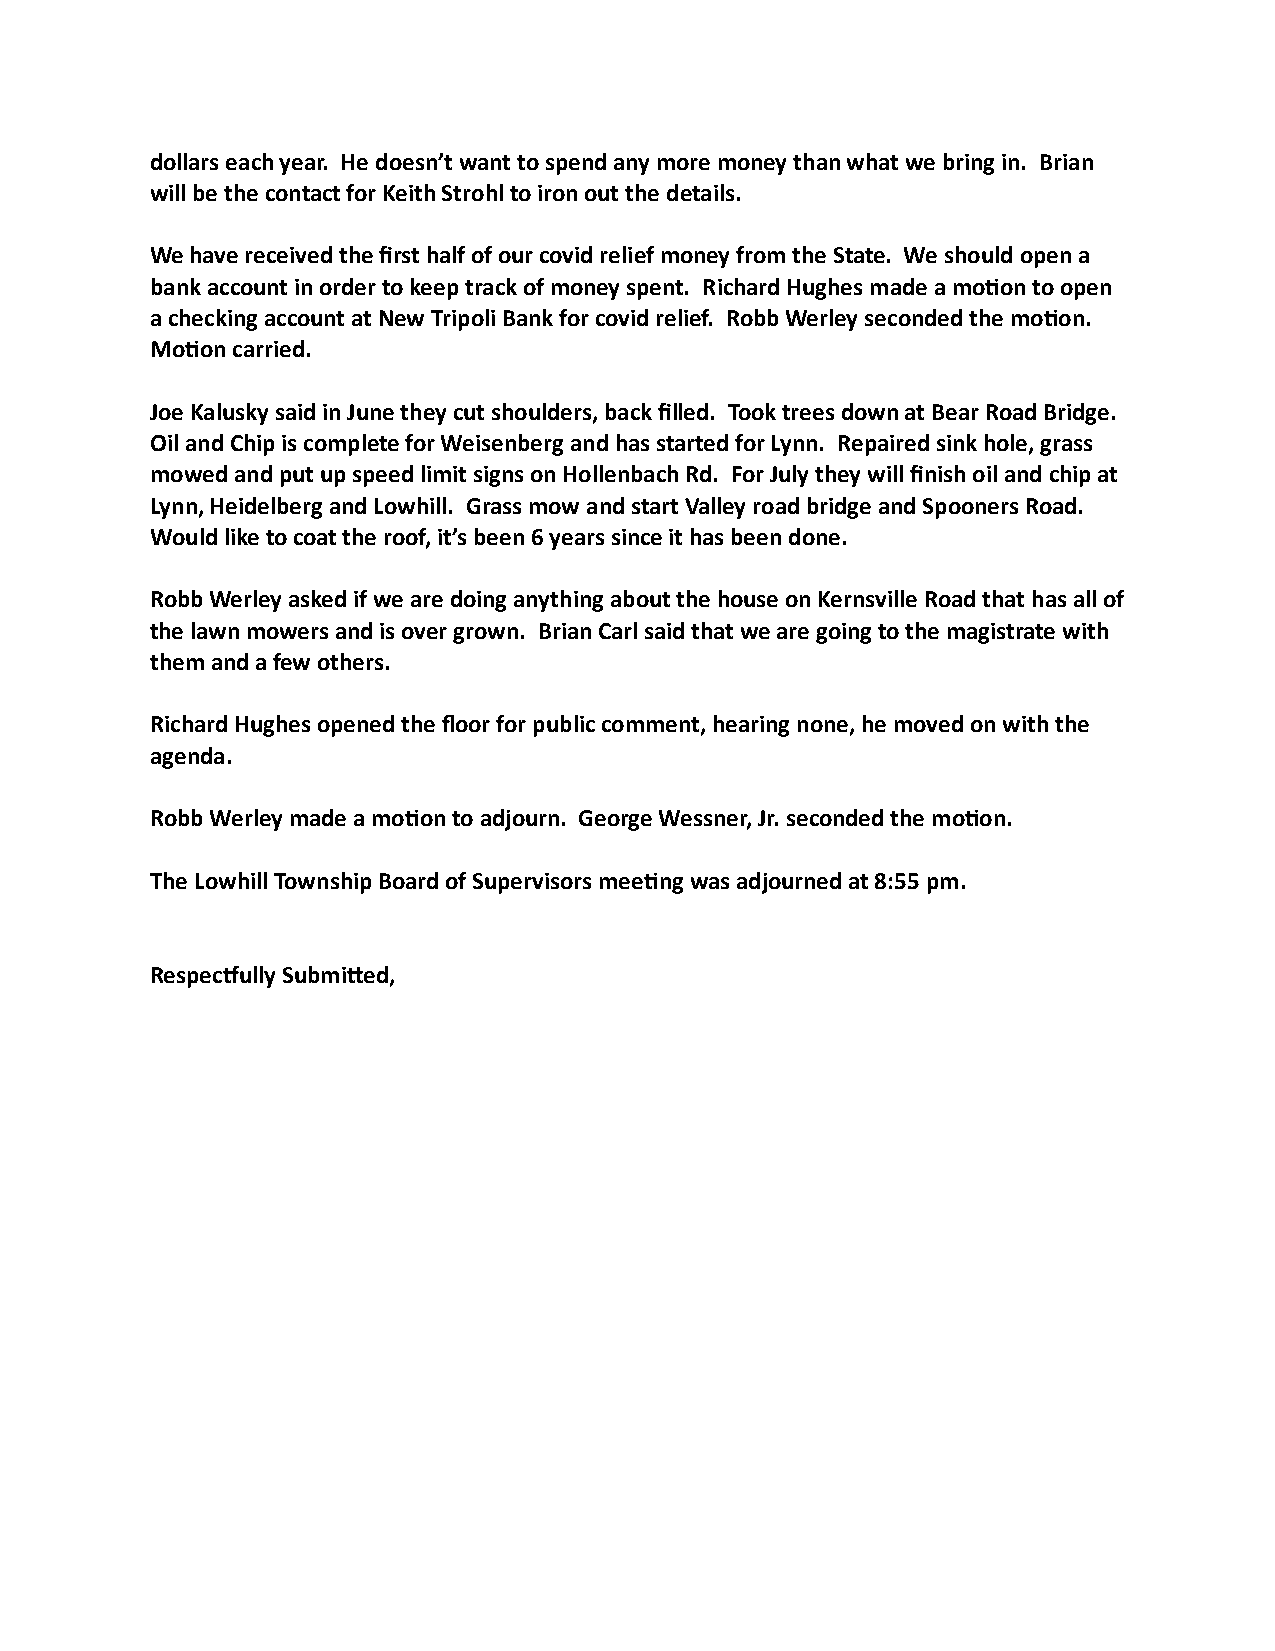
dollars each year. He doesn’t want to spend any more money than what we bring in. Brian
 will be the contact for Keith Strohl to iron out the details.
 We have received the first half of our covid relief money from the State. We should open a
 bank account in order to keep track of money spent. Richard Hughes made a moKon to open
 a checking account at New Tripoli Bank for covid relief. Robb Werley seconded the moKon.
 MoKon carried.
 Joe Kalusky said in June they cut shoulders, back filled. Took trees down at Bear Road Bridge.
 Oil and Chip is complete for Weisenberg and has started for Lynn. Repaired sink hole, grass
 mowed and put up speed limit signs on Hollenbach Rd. For July they will finish oil and chip at
 Lynn, Heidelberg and Lowhill. Grass mow and start Valley road bridge and Spooners Road.
 Would like to coat the roof, it’s been 6 years since it has been done.
 Robb Werley asked if we are doing anything about the house on Kernsville Road that has all of
 the lawn mowers and is over grown. Brian Carl said that we are going to the magistrate with
 them and a few others.
 Richard Hughes opened the floor for public comment, hearing none, he moved on with the
 agenda.
 Robb Werley made a moKon to adjourn. George Wessner, Jr. seconded the moKon.
 The Lowhill Township Board of Supervisors meeKng was adjourned at 8:55 pm.
 Respecrully SubmiYed,